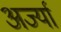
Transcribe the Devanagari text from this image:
अर्ज्या